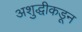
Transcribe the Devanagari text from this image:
अशुद्धीकडून